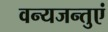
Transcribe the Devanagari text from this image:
वन्यजन्तुएं